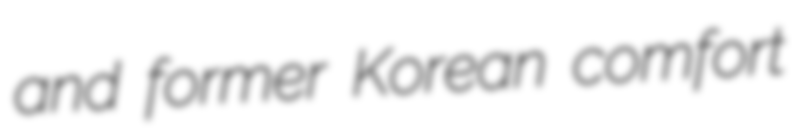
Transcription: and former Korean comfort